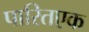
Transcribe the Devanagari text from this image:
पारितएक